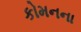
કોમનના